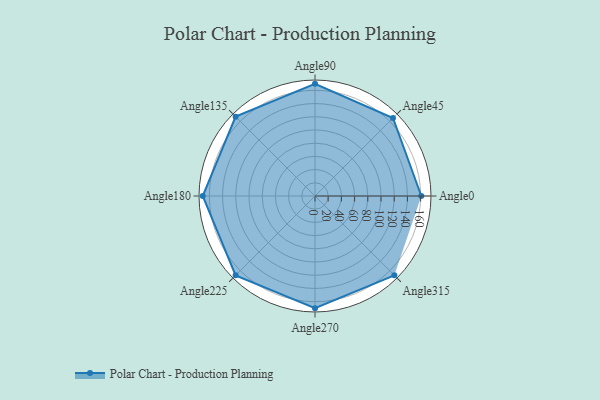
{"axis": {"x": "Angle", "y": "Radius"}, "legend": [""], "data": [{"x": "Angle0", "y": 161.0, "type": ""}, {"x": "Angle45", "y": 167.0, "type": ""}, {"x": "Angle90", "y": 170, "type": ""}, {"x": "Angle135", "y": 170, "type": ""}, {"x": "Angle180", "y": 170, "type": ""}, {"x": "Angle225", "y": 170, "type": ""}, {"x": "Angle270", "y": 170, "type": ""}, {"x": "Angle315", "y": 170, "type": ""}]}